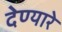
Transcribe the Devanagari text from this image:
देण्यारे